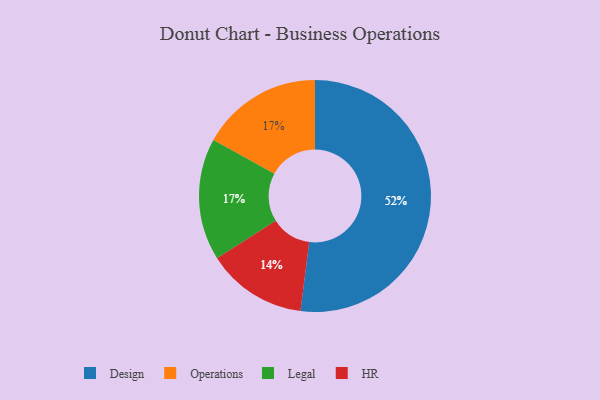
{"axis": {"x": "Category", "y": "Percentage"}, "legend": ["Design", "HR", "Legal", "Operations"], "data": [{"x": "HR", "y": 14, "type": "HR"}, {"x": "Operations", "y": 17, "type": "Operations"}, {"x": "Design", "y": 52, "type": "Design"}, {"x": "Legal", "y": 17, "type": "Legal"}]}